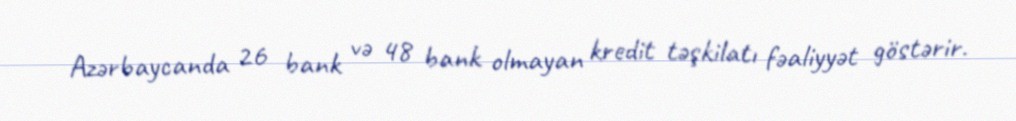
Azərbaycanda 26 bank və 48 bank olmayan kredit təşkilatı fəaliyyət göstərir.